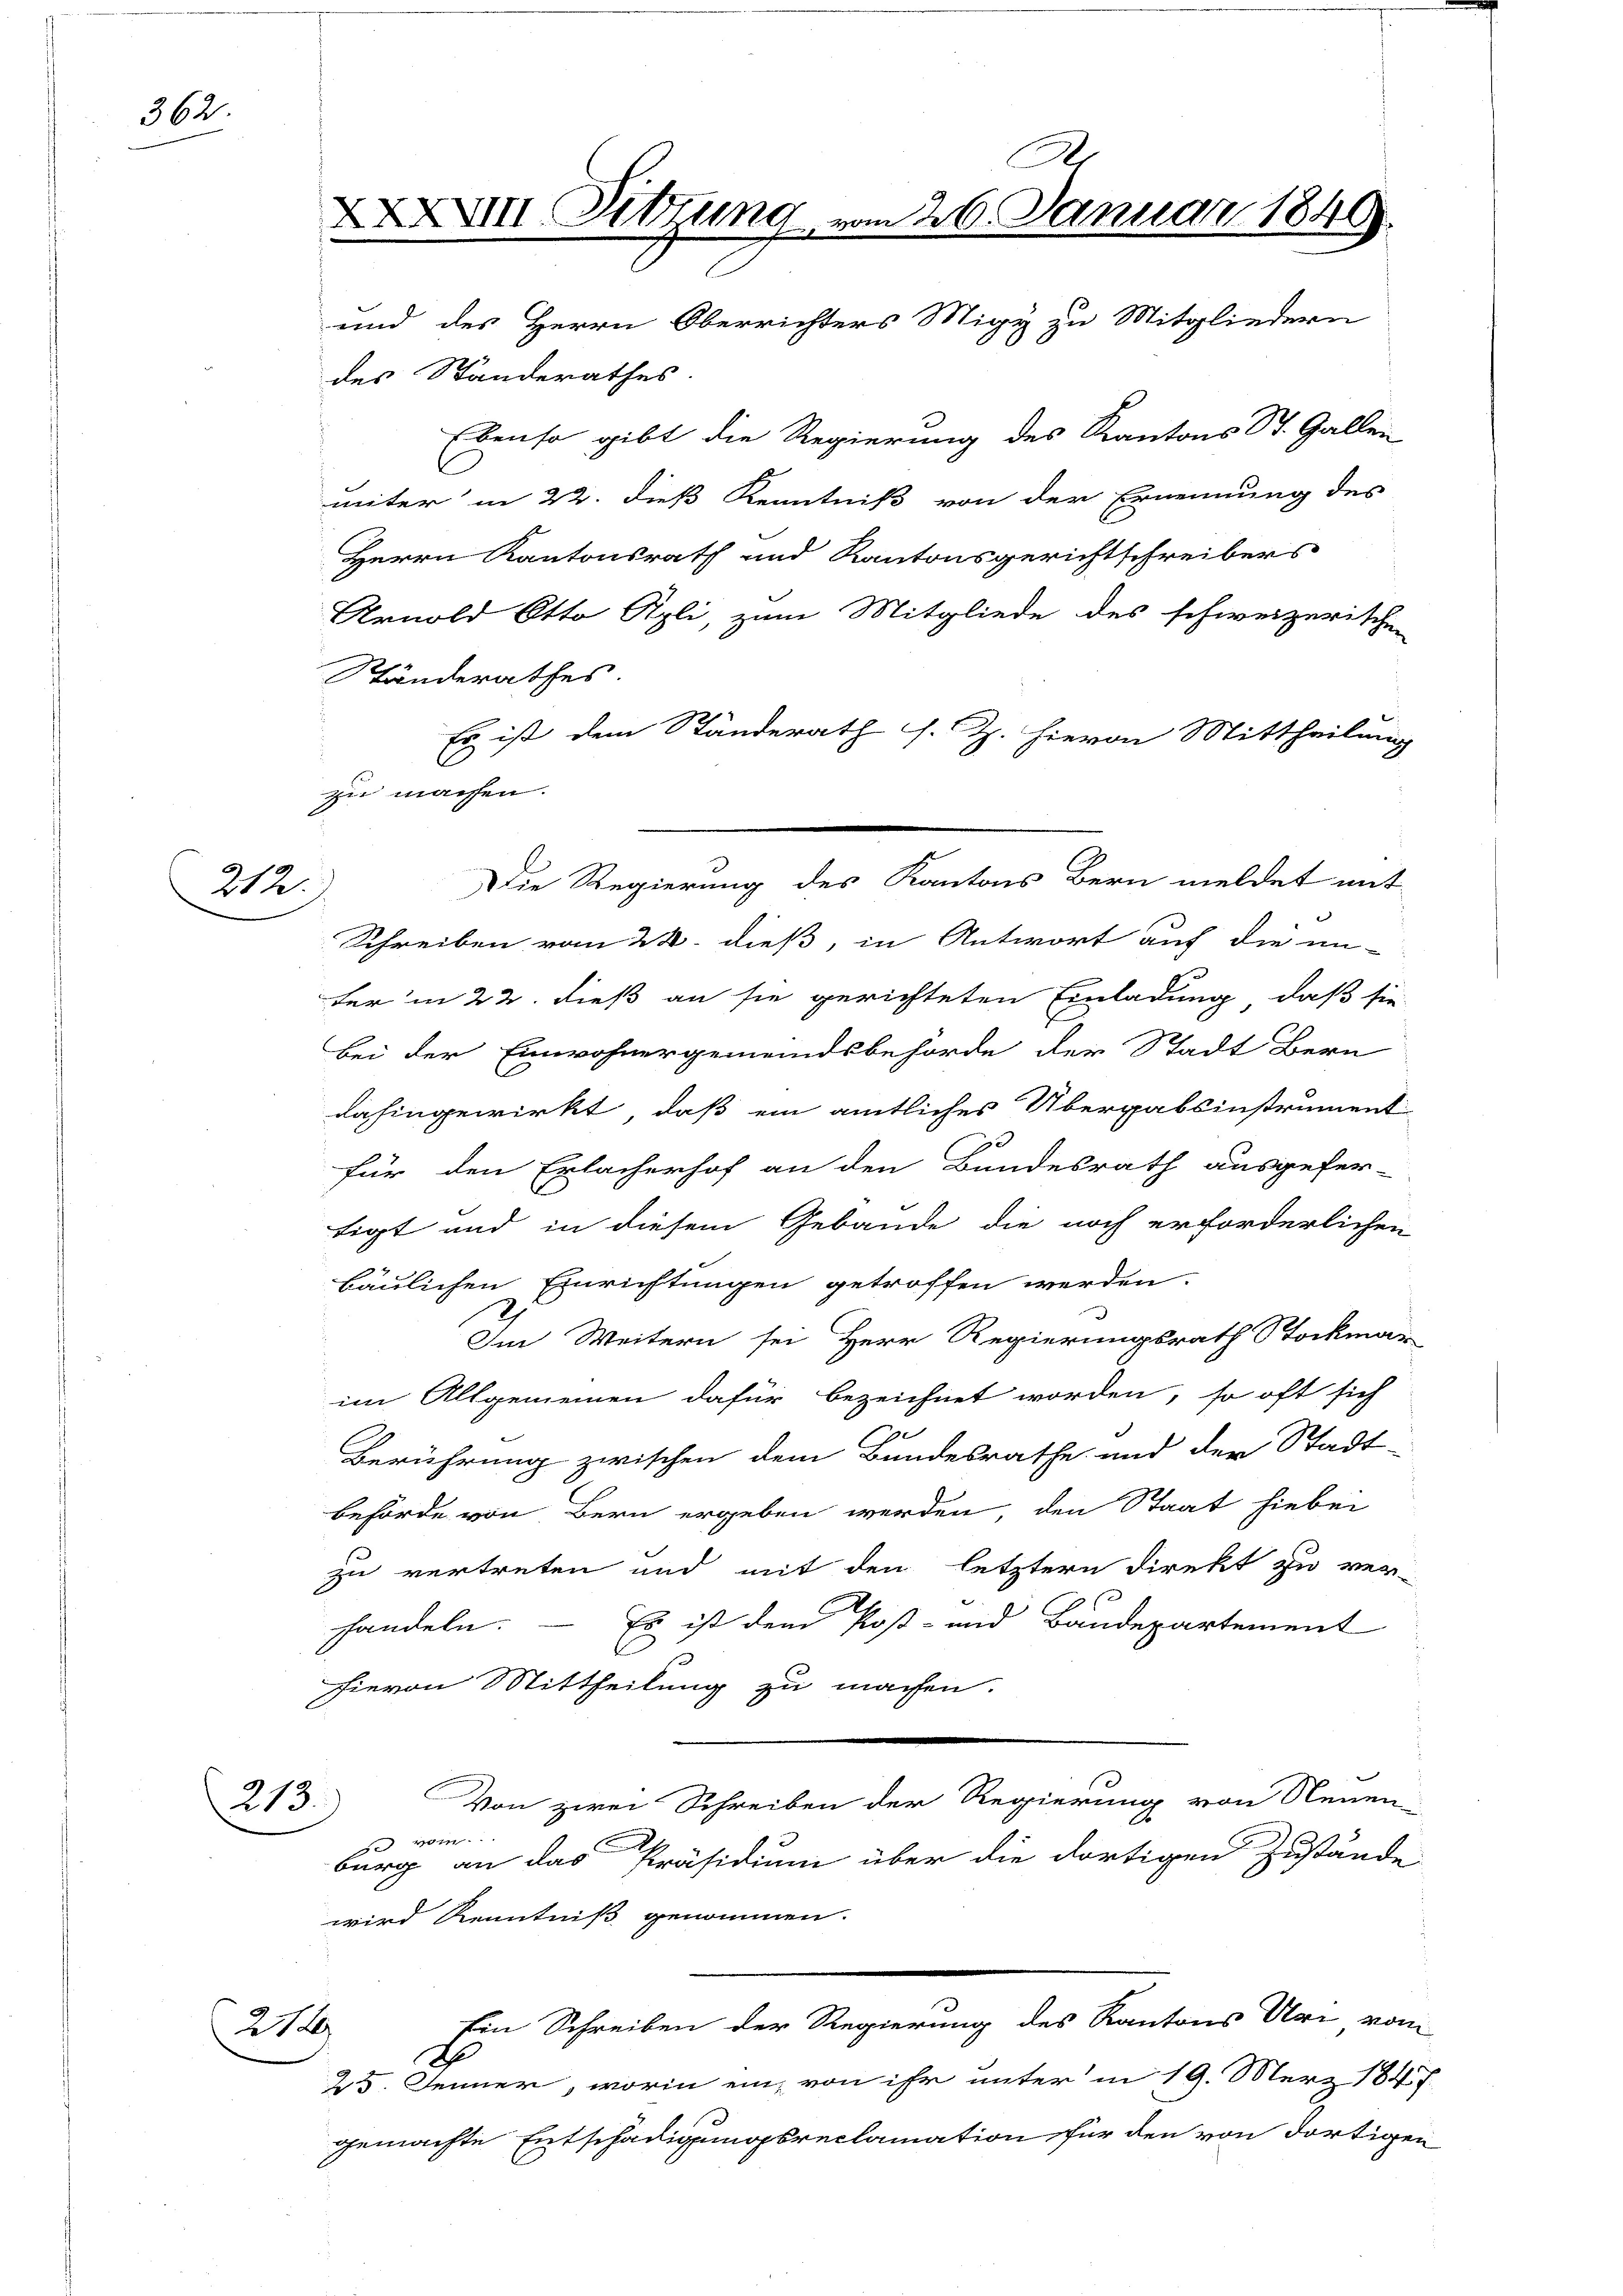
362.

212.

213.

A
XXXVIII. Sitzung vom 26. Januar 1849.
C
des Standerathes
Ebenso gibt die Regierung des Kantons St. Gallen
C
uiter in 22. dieß Kenntniß von der Ernennung des
Herrn Kantonsrath und Kantonsgerichtschreibers
Arnold Otto Rpli, zum Mitgliede des schweizerischen
Ständerathes
Es ist dem Ständerath s. Z. hievon Mittheilung
d

zu machen.

und des Herrn Oberrichters Migy zu Mitgliedern

Schreiben vom 22. dieß, in Antwort auf die un-
der in 22. dieß an sie gerichteten Einladung, daß sie
bei der Einwohnergemeindsbehörde der Stadt Bern
dahingewirkt, daß ein amtliches Übergabsinstrument
für den Erlacherhof an den Bundesrath ausgefer-
tigt und in diesem Gebäude die noch erforderlichen
bäulichen Einrichtungen getroffen werden.
Im Weitern sei Herr Regierungsrath Stockmar
im Allgemeinen dafür bezeichnet worden, so oft sich
e
Berührung zwischen dem Bundesrathe und der Stadt-
behörde von Bern ergeben werden, den Staat hiebei
zu vertreten und mit den letztern Direkt zu ver-
handeln. — Es ist dem Post- und Baudepartement
l
hievon Mittheilung zu machen.
Von zwei Schreiben der Regierung von Neuen-
vom...
1
burg an das Präsidium über die dortigen Zustände
wird Kenntniß genommen.
Ein Schreiben der Regierung des Kantons Uri vom
E
25. Jenner, worin ein, von ihr unter in 19. Merz 1847
gemachte Entschädigungsreclamation für den von dortigen

Die Regierung des Kantons Bern meldet mit

2129